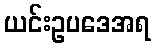
ယင်းဥပဒေအရ